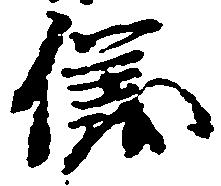
儀